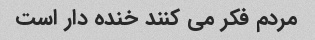
مردم فکر می کنند خنده دار است